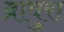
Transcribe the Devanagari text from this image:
ब्रावुरा